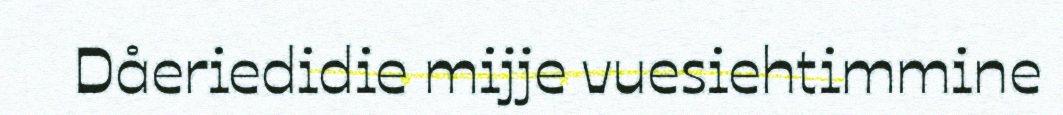
Dåeriedidie mijje vuesiehtimmine